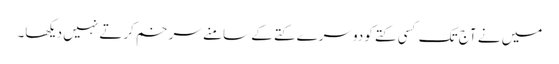
میں نے آج تک کسی کتے کو دوسرے کتے کے سامنے سر خم کرتے نہیں دیکھا۔